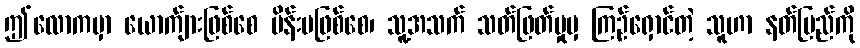
ဤလောကမှာ ယောက်ျားဖြစ်စေ မိန်းမဖြစ်စေ၊ သူ့အသက် သတ်ဖြတ်မှုမှ ကြဉ်ရှောင်တဲ့ သူဟာ နတ်ပြည်ကို